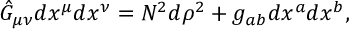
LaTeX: \hat { G } _ { \mu \nu } d x ^ { \mu } d x ^ { \nu } = N ^ { 2 } d \rho ^ { 2 } + g _ { a b } d x ^ { a } d x ^ { b } ,